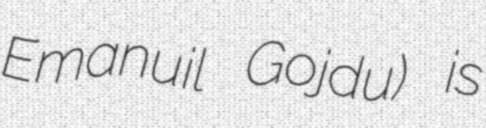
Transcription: Emanuil Gojdu) is